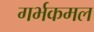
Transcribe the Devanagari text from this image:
गर्भकमल